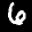
Label: 6